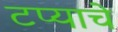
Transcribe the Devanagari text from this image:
टप्याचे